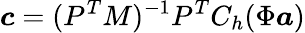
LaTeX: \boldsymbol{c}=(P^{T}M)^{-1}P^{T}C_{h}(\Phi\boldsymbol{a})